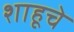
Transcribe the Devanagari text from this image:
शाहूचे